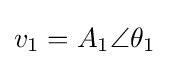
v_{1}=A_{1}\angle \theta _{1}